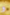
و